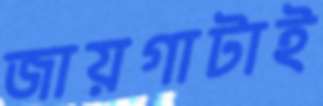
জায়গাটাই